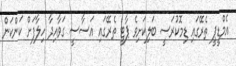
އެމްޑީޕީ ތެރޭގައި ޑިމޮކުރަސީ ބަލިކަށިވެ ޕާޓީ ތެރޭގައި އަސާސީ ގަވާއިދާ ހިލާފަށް ކަންކަން